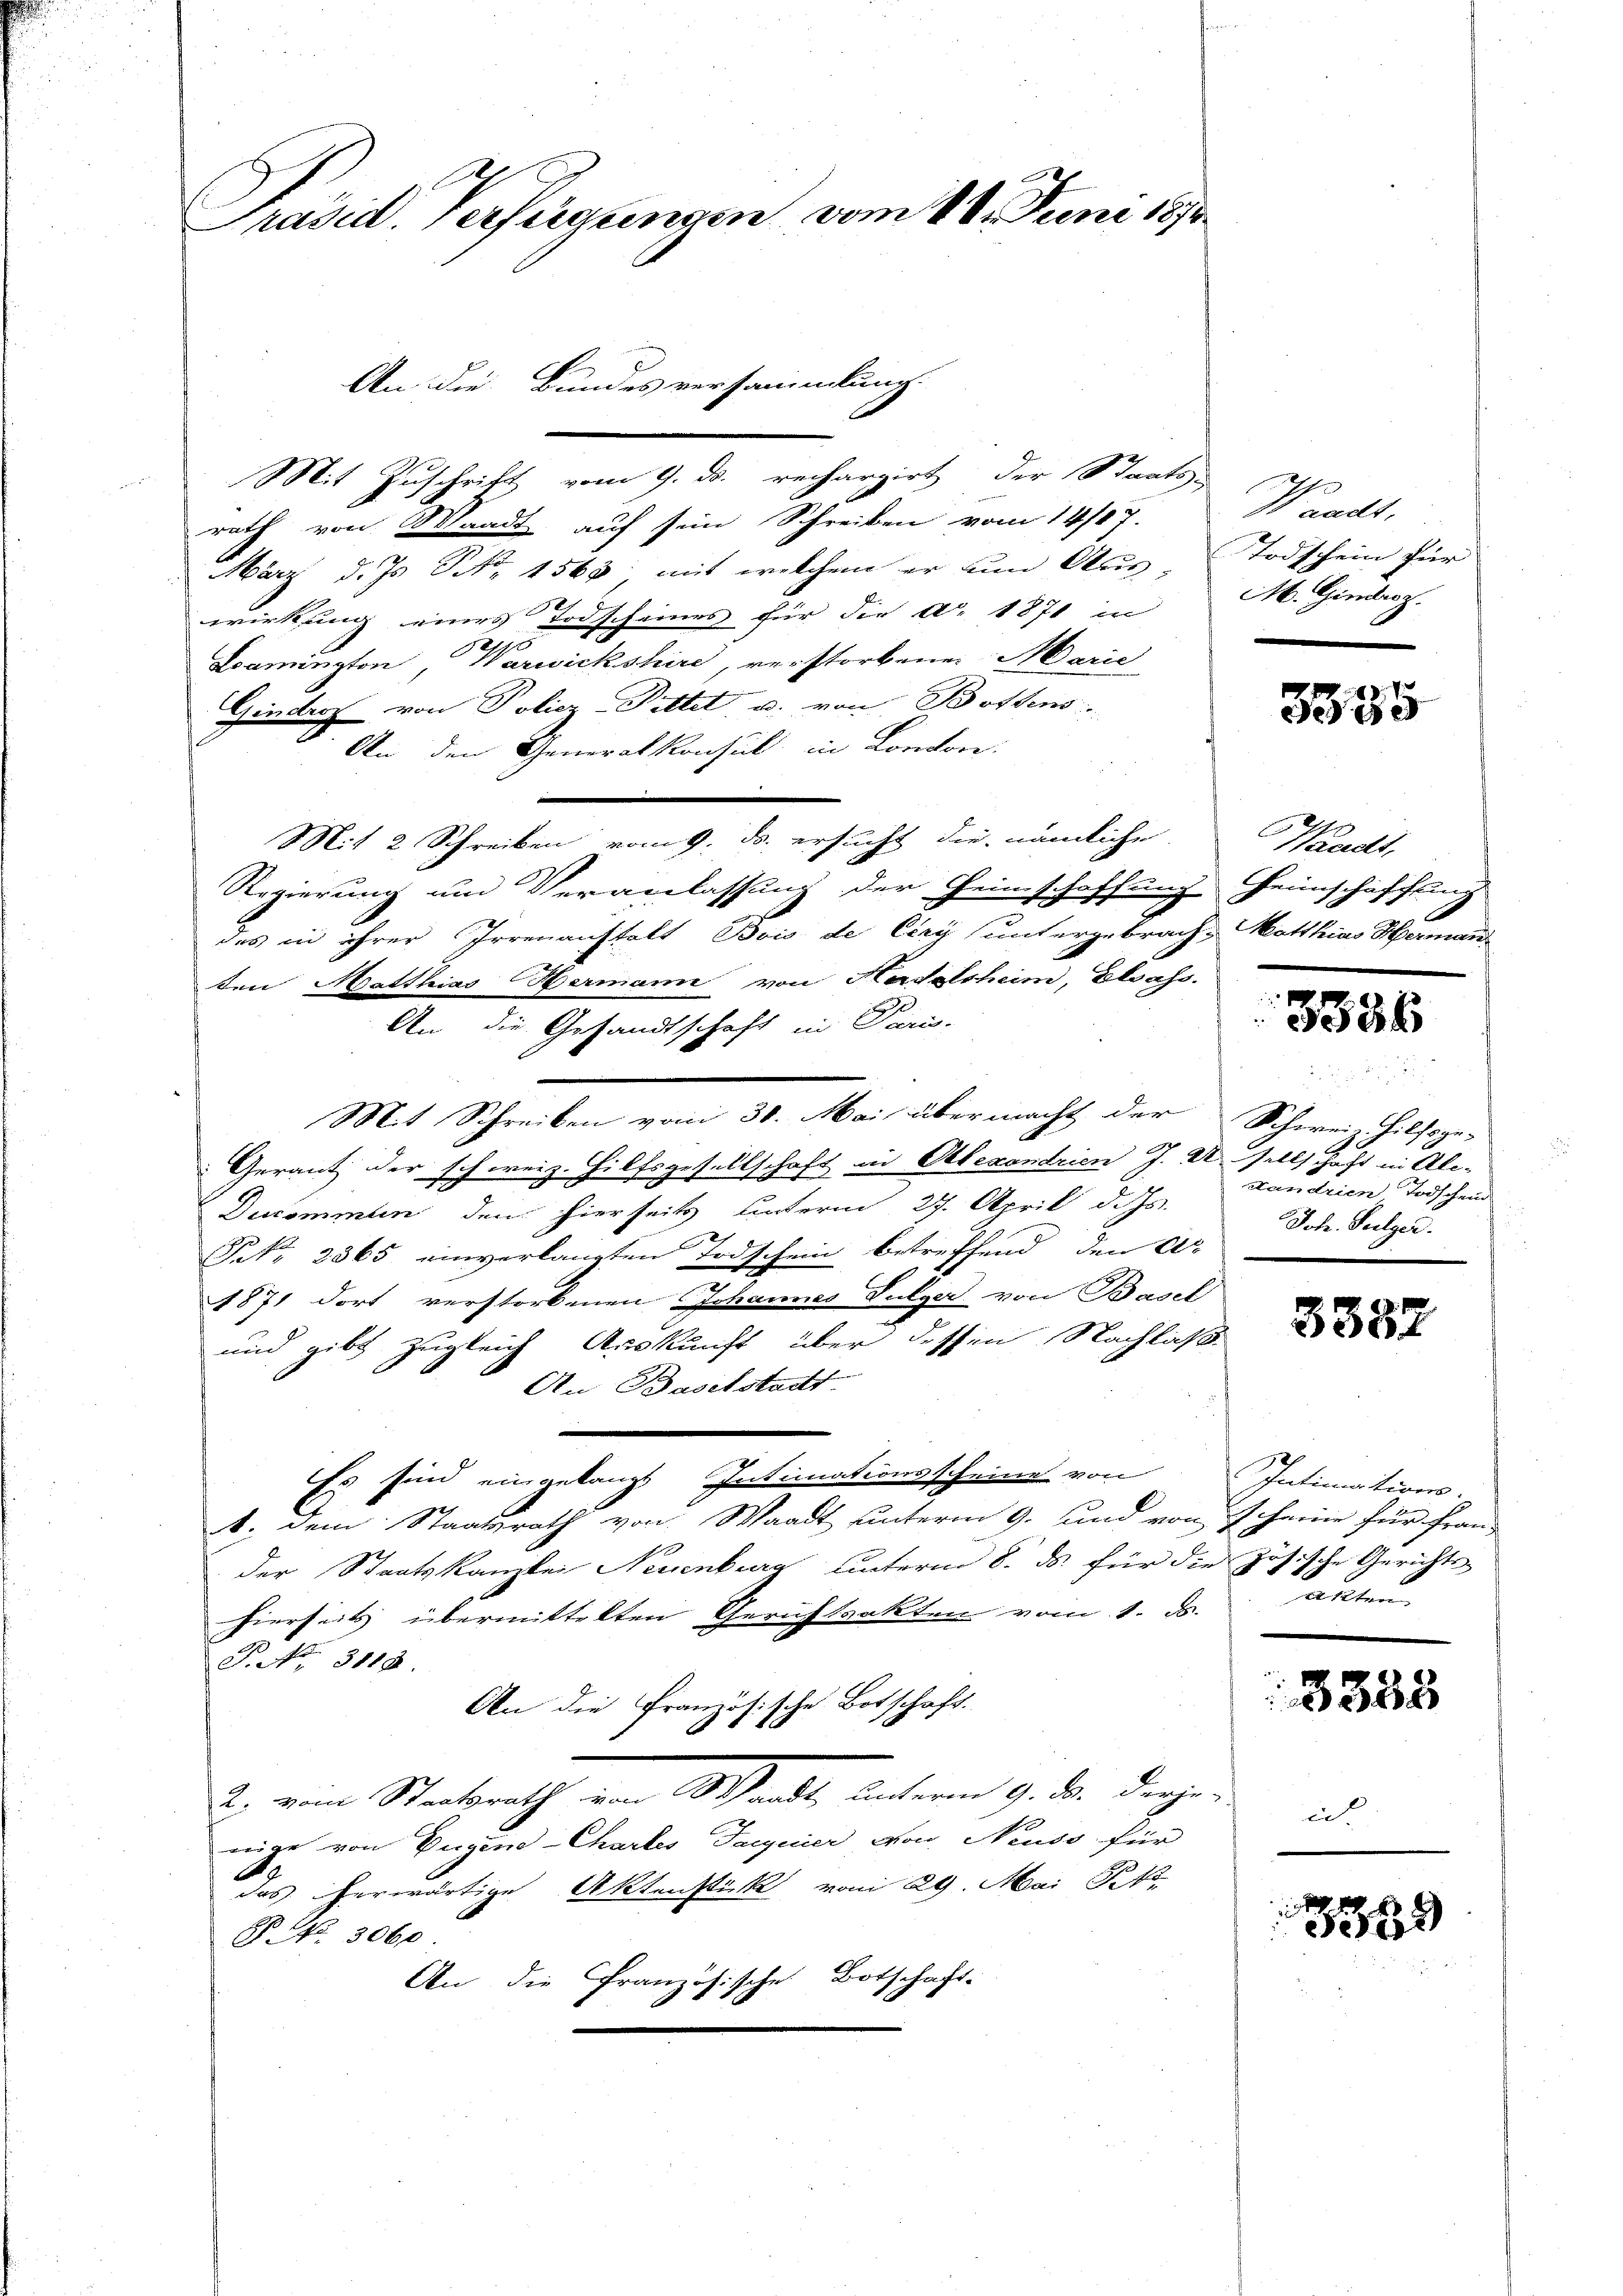
Präsid. Verfügungen vom 18. Juni 1890.

Mit Zuschrift vom 9. ds. rechargirt der Staats-
rath von Waadt auf sein Schreiben vom 14/07.
März d. Js. No. 1568 mit welchem er um Aus- Todschein für
wirkung eines Todscheines für die ad 1871 in M. Gimbioz.
g
Lamington, Warwickshire, verstorbenen Marie
Gindrof von Poliez-Pittet, u. von Bottens.
An den Generalkonsul in Londone:
Mit 2 Schreiben vom 9. ds. ersucht die nämliche
Regierung und Veranlassung der Heinschaffung Heimschaffung
.
das in ihrer Irrenanstalt Bois de Ciry untergebrach-Matthias Herman
ten Matthias Hermann von Hardelsheim, Elsass.
An die Gesandtschaft in Pari-
Gerant der schweiz. Hilfsgesellschaft in Alexandrien J. U. sellschaft in Ale-
Decommen den hierseits unterm 27. April d. Js.
2
PNNo. 2865 einverlangten Todschein betreffend den Ar
1871 dort verstorbenen Johannes Fulger von Basel
und gibt zugleich Auskunft über dessen Nachlaß
An Baselstadt-
Es sind eingelangt Intimationsscheine von Intimations-
1. dem Staatsrath von Waadt unterm 9. und von 3 Haine für Franz
der Staatskanzlei Neuenburg unterm 8. ds. für die zösische Gerichts-
hierseits übermittelten Gerichtsakten vom 1. Fs. Akten
T. No. 3113.
An die französische Botschaft.
2., dem Stadtrath von Malte unterm 9. der Rechen
mige von Eugene Chartes Tageier Now, Neuss für
A.
das herwärtige Aktenstück vom 29. Mai 18
P. Nr. 3060.
An die Französische Botschaft.

An die Bundes versammlung.

Mit Schreiben vom 30. Mai übermacht der Schweiz hilfsge-

Waadt.

3335

Waadt,

3336

Standrien Todscheid
Joh. Sulzer.

3382

8338

i
5569